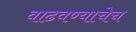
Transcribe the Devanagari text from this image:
वाढवण्याचेच